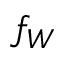
f _ { W }